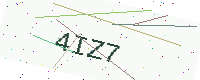
Text: 4IZ7